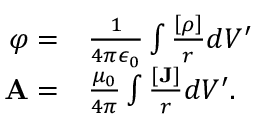
\begin{array} { r l } { \varphi = } & { { } \frac { 1 } { 4 \pi \epsilon _ { 0 } } \int \frac { \left[ \rho \right] } { r } d V ^ { \prime } } \\ { { \mathbf A } = } & { { } \frac { \mu _ { 0 } } { 4 \pi } \int \frac { [ { \mathbf J } ] } { r } d V ^ { \prime } . } \end{array}